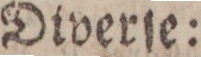
Diverſe: